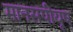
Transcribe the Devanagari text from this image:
मानसपीयूष